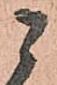
ニ